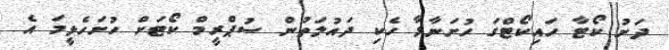
ދަށު ކޯޓާ ހައިކޯޓްގަ ހުށަނާޅާ ހެކި ދައުލަތުން ސުޕްރީމް ކޯޓަށް ހުށަހެޅީމަ އެ